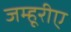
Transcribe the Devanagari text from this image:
जम्हूरीए